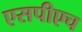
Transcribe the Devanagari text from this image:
एसपीएच